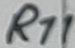
Text: R11